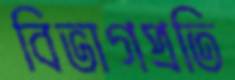
বিভাগপ্রতি